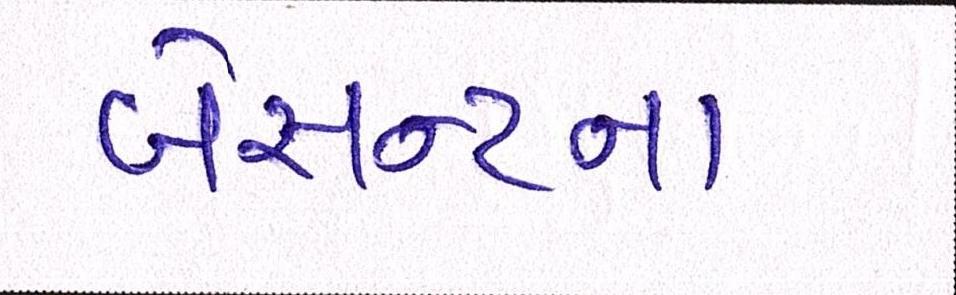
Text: બેસન્ટના